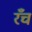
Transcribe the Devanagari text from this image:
रँच